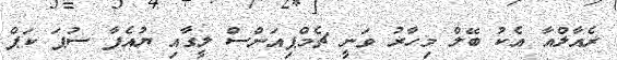
ރެއާލްއާ އެކު ބޭލް މިހާރު ވަނީ ޗެމްޕިއަންސް ލީގާއި ޔުއެފާ ސުޕަ ކަޕް